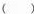
( )